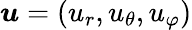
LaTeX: \boldsymbol{u}=(u_{r},u_{\theta},u_{\varphi})